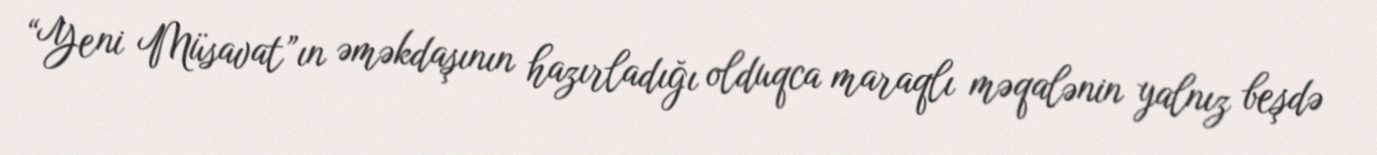
“Yeni Müsavat”ın əməkdaşının hazırladığı olduqca maraqlı məqalənin yalnız beşdə